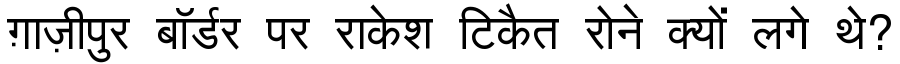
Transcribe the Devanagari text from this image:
ग़ाज़ीपुर बॉर्डर पर राकेश टिकैत रोने क्यों लगे थे?